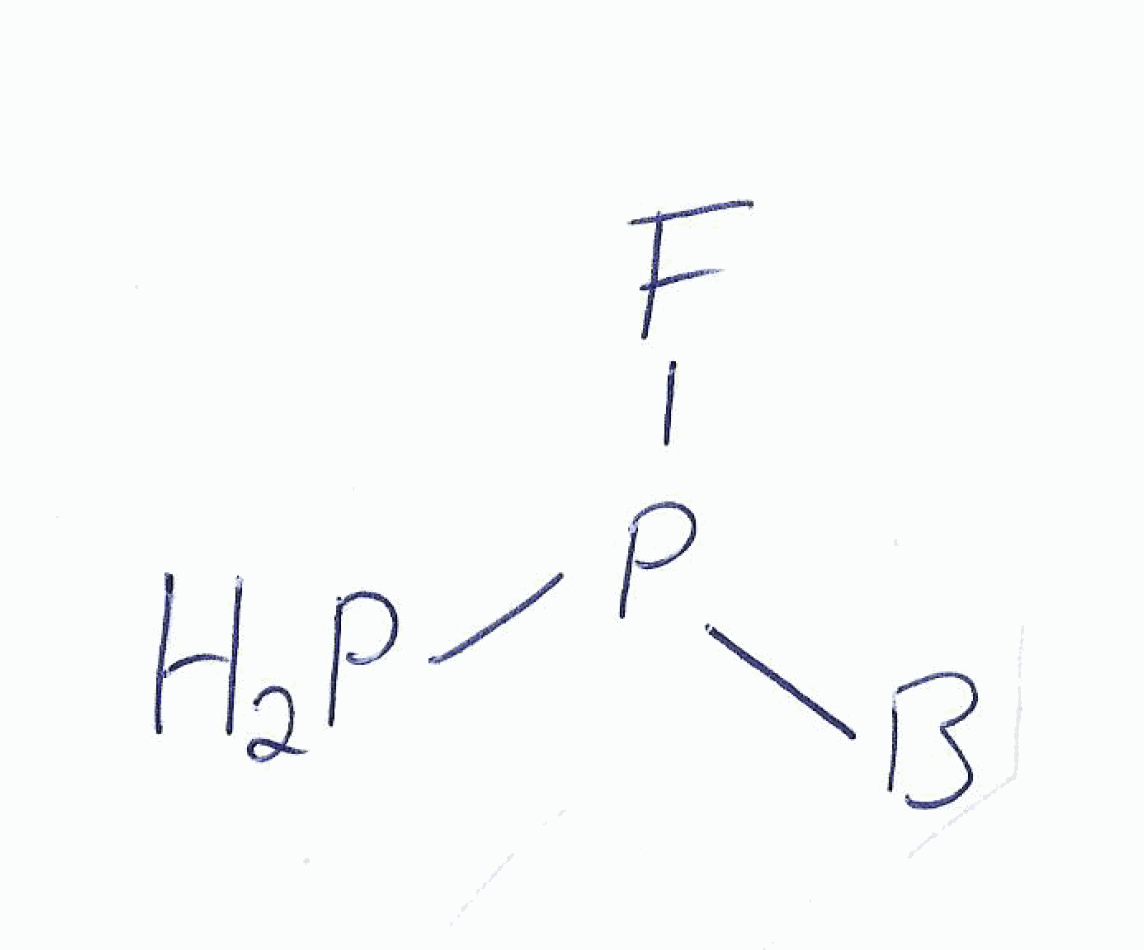
Simplified molecular-input line-entry system (SMILES) notation of the given molecule:
[B]P(F)P